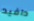
دافيد